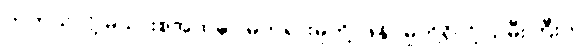
တကယ်လို့ မိသားစုအထဲမှာ မတရားမှုတို့၊ ဖိနှိပ်မှုတို့ရှိလို့ သမီးကြီးက